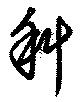
斜